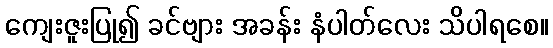
ကျေးဇူးပြု၍ ခင်ဗျား အခန်း နံပါတ်လေး သိပါရစေ။